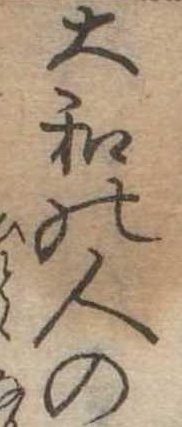
大和の人の